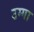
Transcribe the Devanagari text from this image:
उग्गा